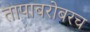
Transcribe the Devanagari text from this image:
तापाबरोबरच